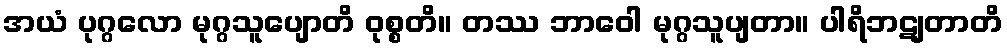
အယံ ပုဂ္ဂလော မုဂ္ဂသူပျောတိ ဝုစ္စတိ။ တဿ ဘာဝေါ မုဂ္ဂသူပျတာ။ ပါရိဘဋျတာတိ